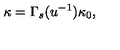
\kappa = \Gamma _ { s } ( u ^ { - 1 } ) \kappa _ { 0 } ,